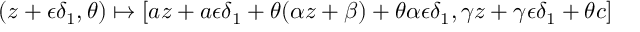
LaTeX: ( z + \epsilon \delta _ { 1 } , \theta ) \mapsto [ a z + a \epsilon \delta _ { 1 } + \theta ( \alpha z + \beta ) + \theta \alpha \epsilon \delta _ { 1 } , \gamma z + \gamma \epsilon \delta _ { 1 } + \theta c ]